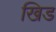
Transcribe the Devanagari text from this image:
खिड